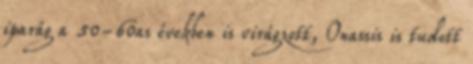
iparág a 50-60as években is virágzott, Onassis is tudott